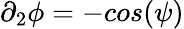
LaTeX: \partial_{2}\phi=-cos(\psi)